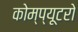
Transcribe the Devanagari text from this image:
कोम्प्यूटरो